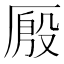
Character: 𰆤